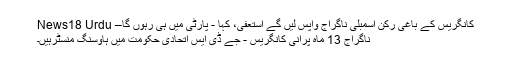
کانگریس کے باغی رکن اسمبلی ناگراج واپس لیں گے استعفیٰ، کہا - پارٹی میں ہی رہوں گا– News18 Urdu
ناگراج 13 ماہ پرانی کانگریس - جے ڈی ایس اتحادی حکومت میں ہاوسنگ منسٹرہیں۔